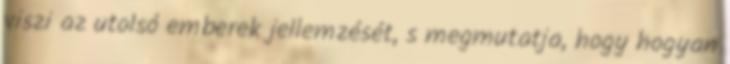
viszi az utolsó emberek jellemzését, s megmutatja, hogy hogyan